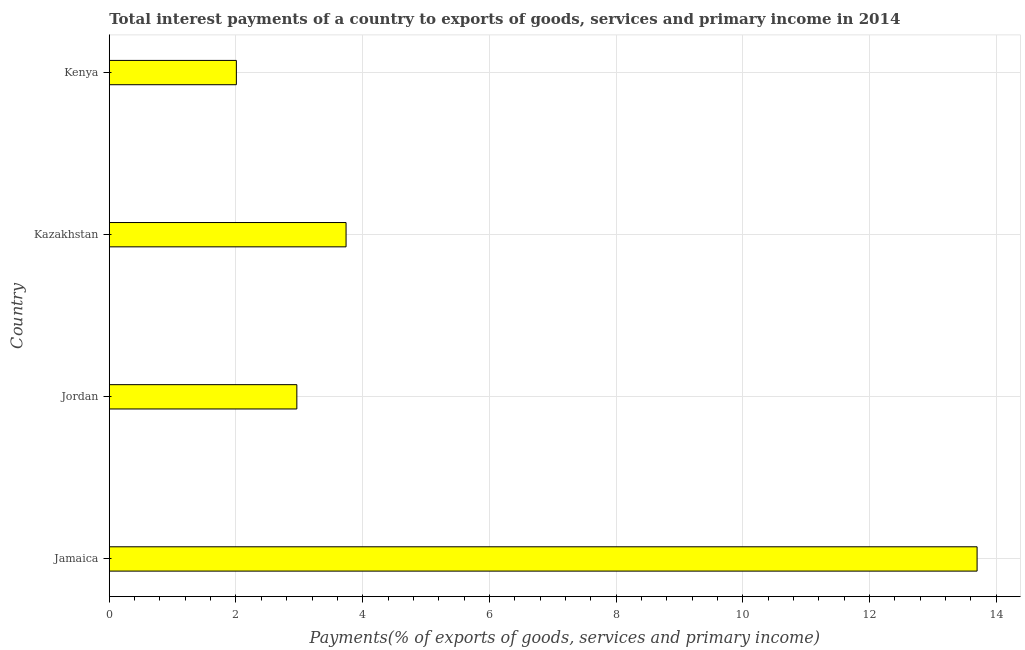
| Country | Interest payments on external debt |
 | --- | --- |
 | Jamaica | 13.7 |
 | Jordan | 2.96 |
 | Kazakhstan | 3.74 |
 | Kenya | 2.01 |